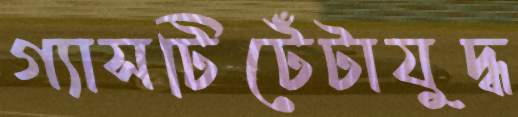
গ্যাসটিটেঁটাযুদ্ধ